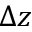
\Delta z